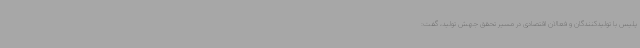
پلیس با تولیدکنندگان و فعالان اقتصادی در مسیر تحقق جهش تولید، گفت: